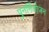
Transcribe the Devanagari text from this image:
पुनर्नियोजन